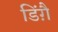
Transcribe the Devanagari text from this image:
डिंग़ै